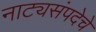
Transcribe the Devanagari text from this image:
नाट्यसंपदेचे